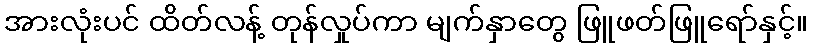
အားလုံးပင် ထိတ်လန့် တုန်လှုပ်ကာ မျက်နှာတွေ ဖြူဖတ်ဖြူရော်နှင့်။